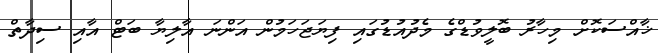
ޚާއްސަކޮށް މިހާރު ބޮލީވުޑްގެ މެދުއުޑުގައި ފިޔަޖަހަމުން އަންނަ އާލިޔާ ބަޓް އާއި ސިދާތް